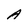
Character: A